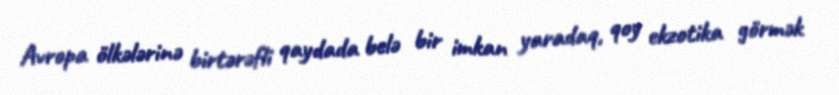
Avropa ölkələrinə birtərəfli qaydada belə bir imkan yaradaq, qoy ekzotika görmək